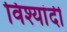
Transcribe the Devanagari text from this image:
विश्यांदी